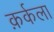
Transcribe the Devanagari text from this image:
क़र्कला